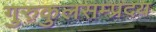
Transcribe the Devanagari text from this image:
गुरुकुलसम्प्रदय